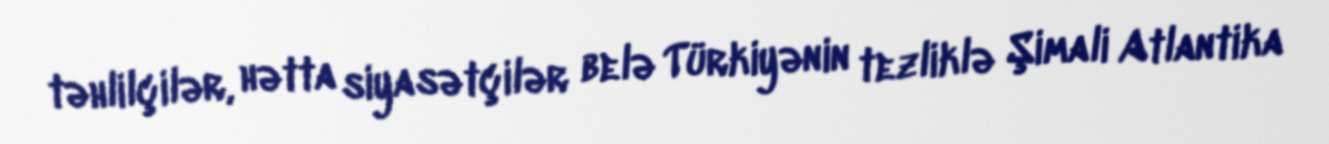
təhlilçilər, hətta siyasətçilər belə Türkiyənin tezliklə Şimali Atlantika